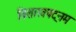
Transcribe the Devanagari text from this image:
विशाखपट्‌नम